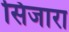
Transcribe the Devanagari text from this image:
सिजारा